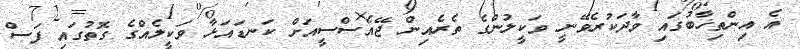
އެ އިންތިޚާބުގައި ވާދަކުރެވޭނީ ވަކީލުންގެ ތެރެއިން ޖޭއެސްސީއަށް ކަނޑައަޅާ ވަކީލެއްގެ ގޮތުގައި ފަސް